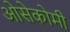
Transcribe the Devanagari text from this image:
ओसेकोमी